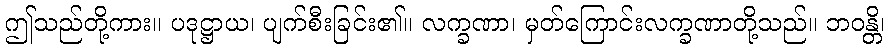
ဤသည်တို့ကား။ ပဒုဋ္ဌာယ၊ ပျက်စီးခြင်း၏။ လက္ခဏာ၊ မှတ်ကြောင်းလက္ခဏာတို့သည်။ ဘဝန္တိ၊